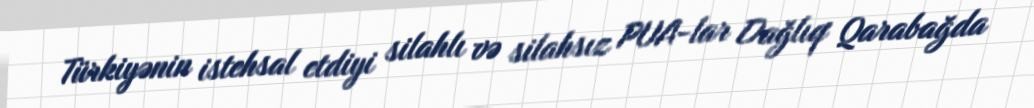
Türkiyənin istehsal etdiyi silahlı və silahsız PUA-lar Dağlıq Qarabağda